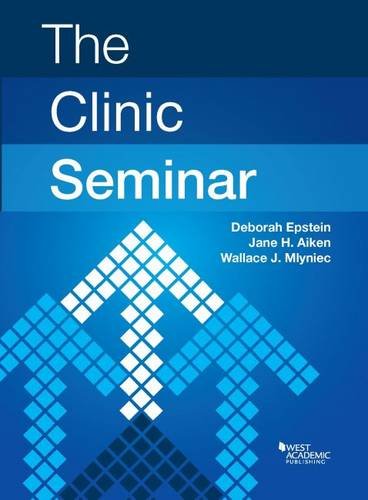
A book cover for The Clinic Seminar (American Casebook Series); Deborah Epstein; Law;